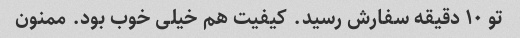
تو ١٠ دقیقه سفارش رسید. کیفیت هم خیلی خوب بود. ممنون